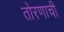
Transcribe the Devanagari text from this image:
तोरणाची